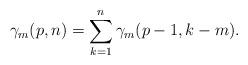
LaTeX: \begin{align*}\gamma_m(p, n) = \sum_{k=1}^{n}{\gamma_m(p-1, k-m)}.\end{align*}